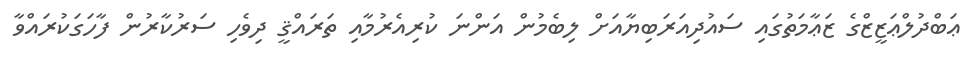
ޢަބްދުލްޢަޒީޒްގެ ޒަޢާމަތުގައި ސައުދިއަރަބިޔާއަށް ލިބެމުން އަންނަ ކުރިއެރުމާއި ތަރައްޤީ ދިވެހި ސަރުކާރުން ފާހަގަކުރައްވާ